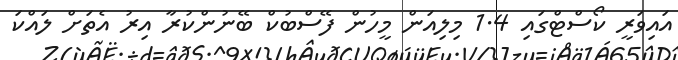
އައިވަރީ ކޯސްޓްގައި 1.4 މިލިއަން މީހުން ފޭސްބުކް ބޭނުންކުރާ އިރު އެތަށް ލައްކަ